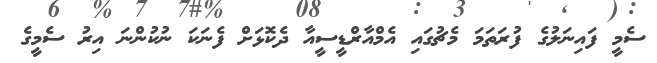
ސެމީ ފައިނަލުގެ ފުރަތަމަ މެޗުގައި އެމްއާރްޑީސީއާ ދެކޮޅަށް ފެނަކަ ނުކުންނަ އިރު ސެމީގެ